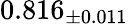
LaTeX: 0.816_{\pm 0.011}